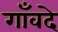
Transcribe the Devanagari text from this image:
गाँवदे